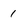
Character: 1